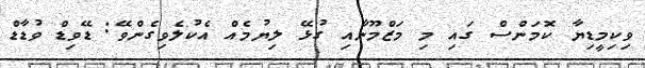
ވިކިމީޑިޔާ ކޮމަންސް ގައި މި މަޒްމޫނާއި ގުޅޭ ލިޔުމެއް އެކުލެވިގެންވޭ: ޑޭވިޑް ވުޑާޑް